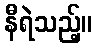
နီရဲသည့်။